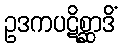
ဥဒကပဋိစ္ဆာဒိံ